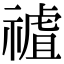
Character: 𥛜